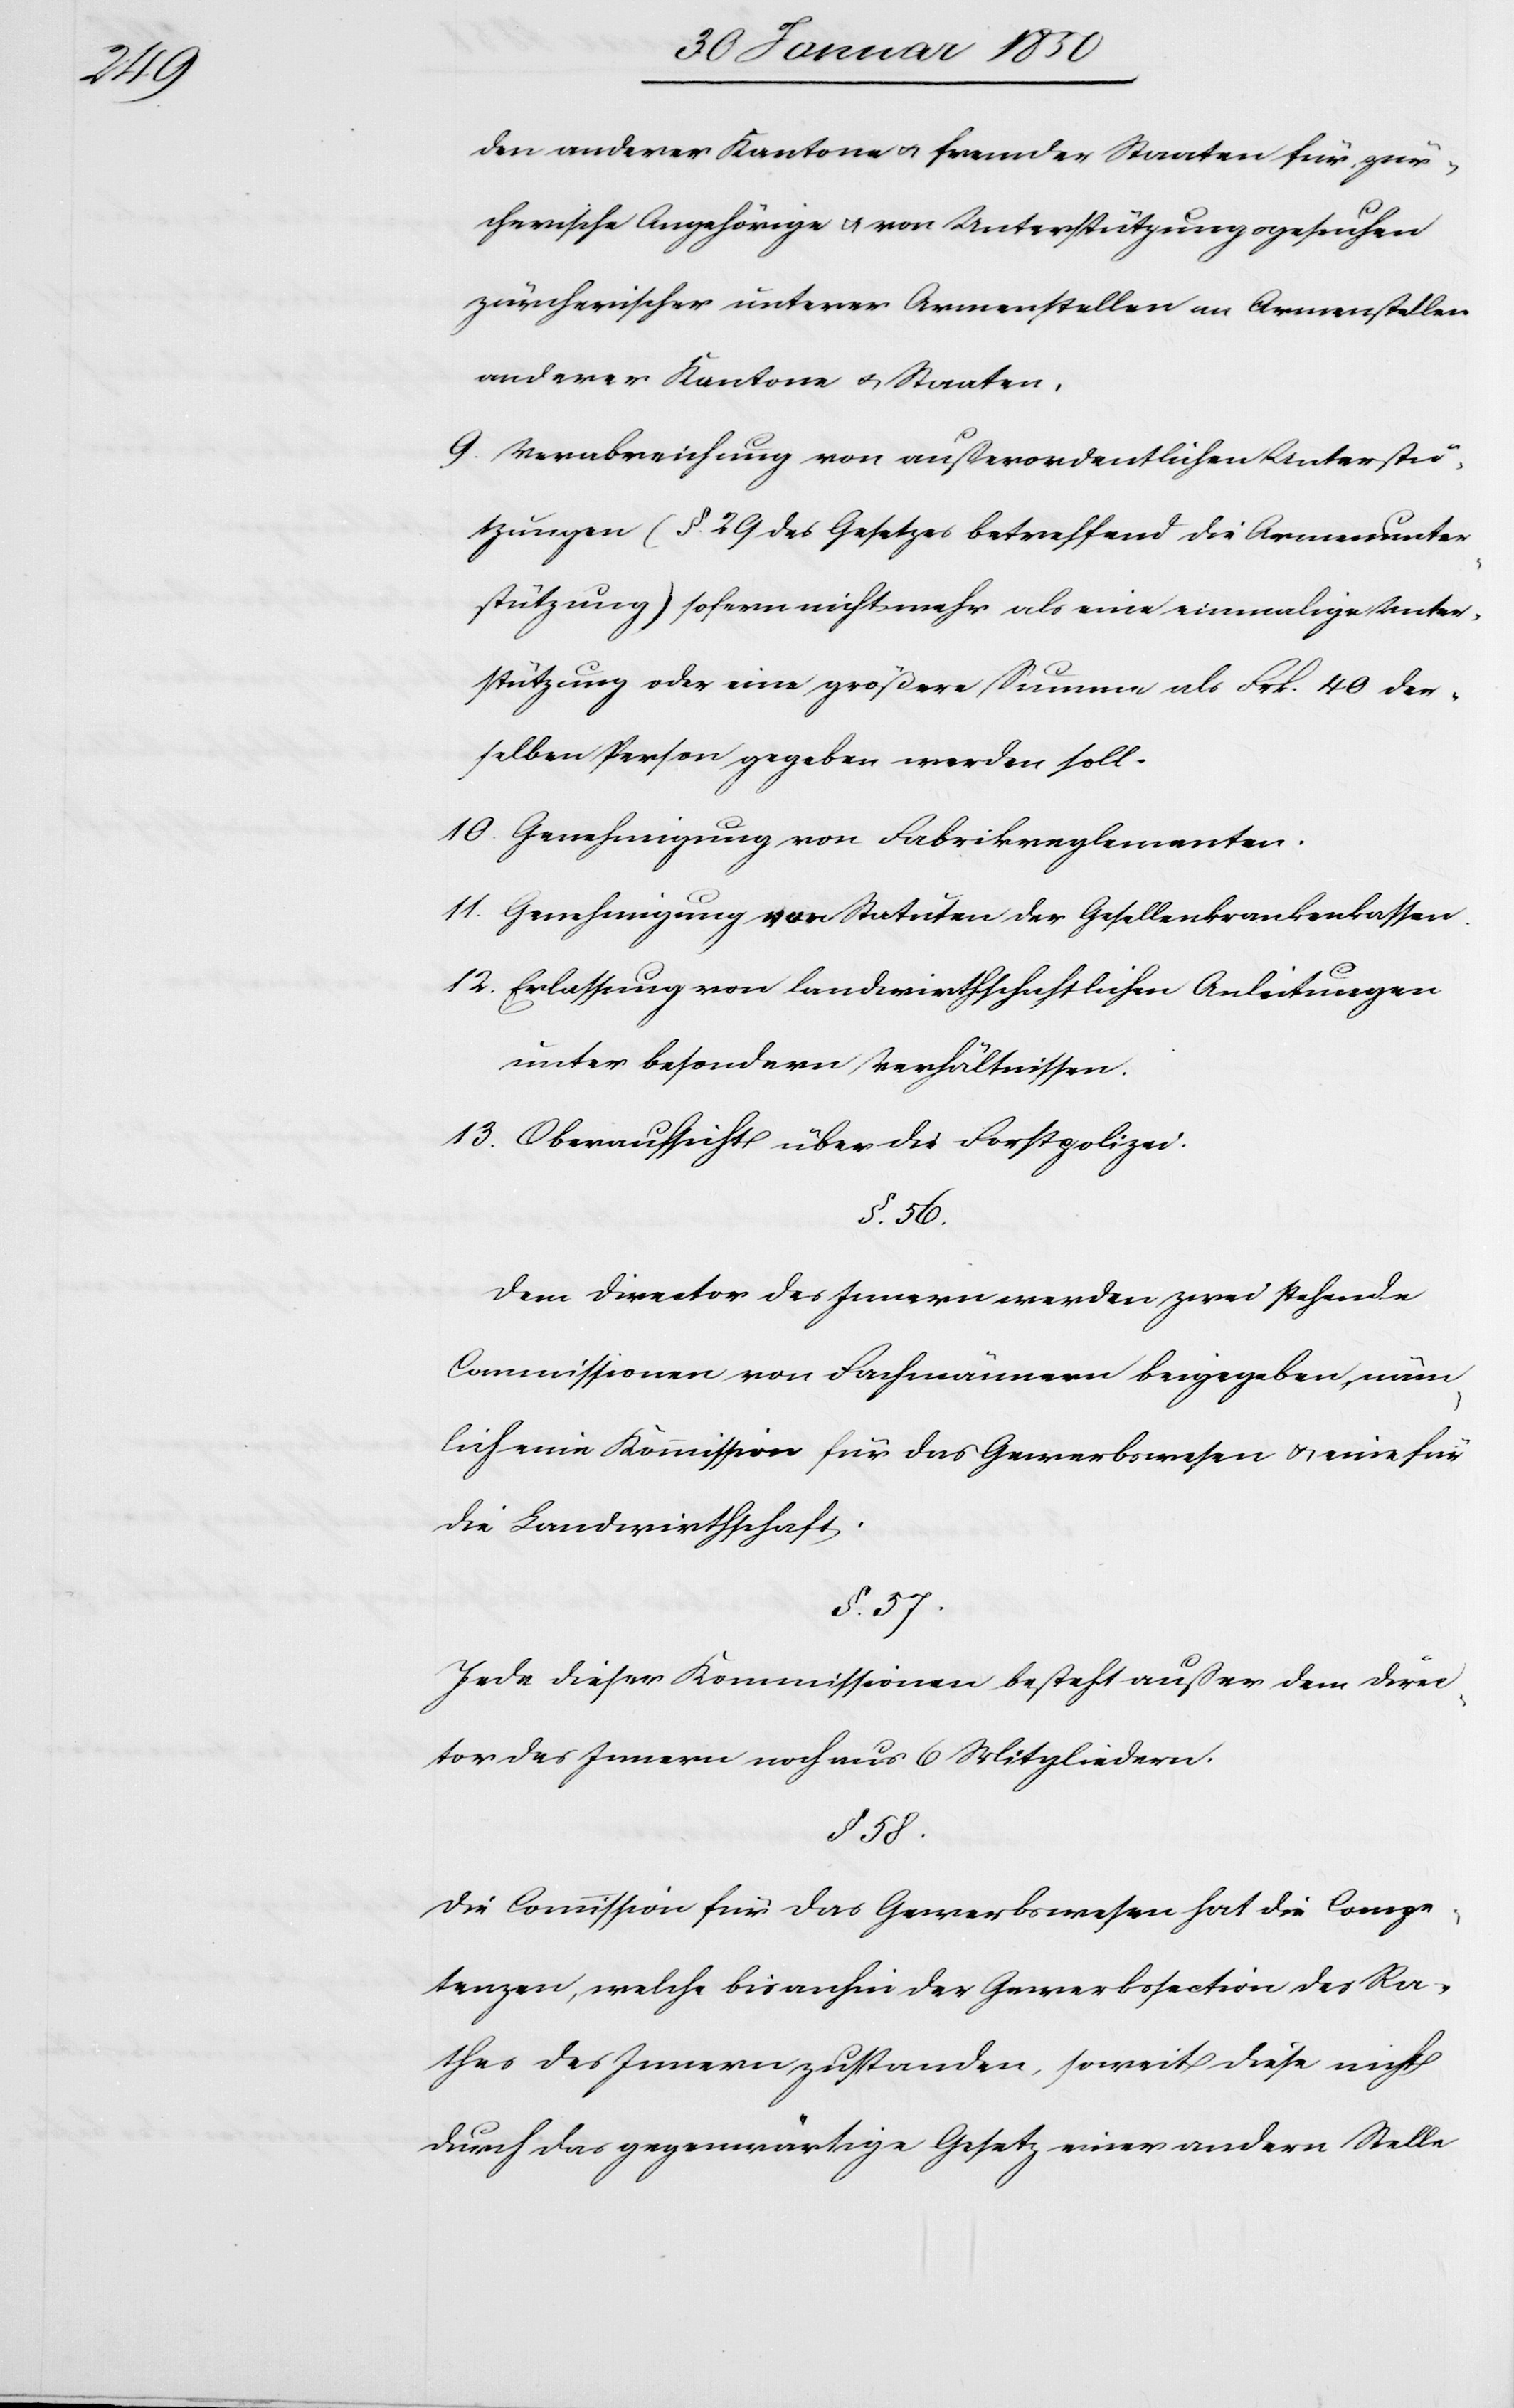
den anderer Kantone u. fremder Staaten für zür¬
cherische Angehörige u. von Unterstützungsgesuchen
zürcherischer unterer Armenstellen an Armenstellen
anderer Kantone u. Staaten.
9. Verabreichung von außerordentlichen Unterstü¬
tzungen (§. 29 des Gesetzes betreffend die Armenunter¬
stützung) sofern nicht mehr als eine einmalige Unter¬
stützung oder eine größere Summe als Frk. 40 der¬
selben Person gegeben werden soll.
10. Genehmigung von Fabrikreglementen.
11. Genehmigung von Statuten der Gesellenkrankenkassen.
12. Erlassung von landwirthschaftlichen Anleitungen
unter besondern Verhältnissen.
13. Oberaufsicht über die Forstpolizei.
§. 56.
Dem Director des Innern werden zwei stehende
Commissionen von Fachmännern beigegeben, näm¬
lich eine Kommission für das Gewerbswesen u. eine für
die Landwirthschaft.
§. 57.
Jede dieser Kommissionen besteht außer dem Direc¬
tor des Innern noch aus 6 Mitgliedern.
§. 58.
Die Commission für das Gewerbswesen hat die Compe¬
tenzen, welche bisanhin der Gewerbssection des Ra¬
thes des Innern zustanden, soweit diese nicht
durch das gegenwärtige Gesetz einer andern Stelle